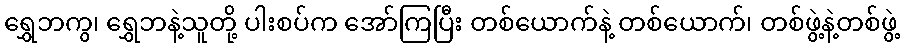
ရွှေဘကွ၊ ရွှေဘနဲ့သူတို့ ပါးစပ်က အော်ကြပြီး တစ်ယောက်နဲ့ တစ်ယောက်၊ တစ်ဖွဲ့နဲ့တစ်ဖွဲ့